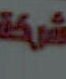
شركة